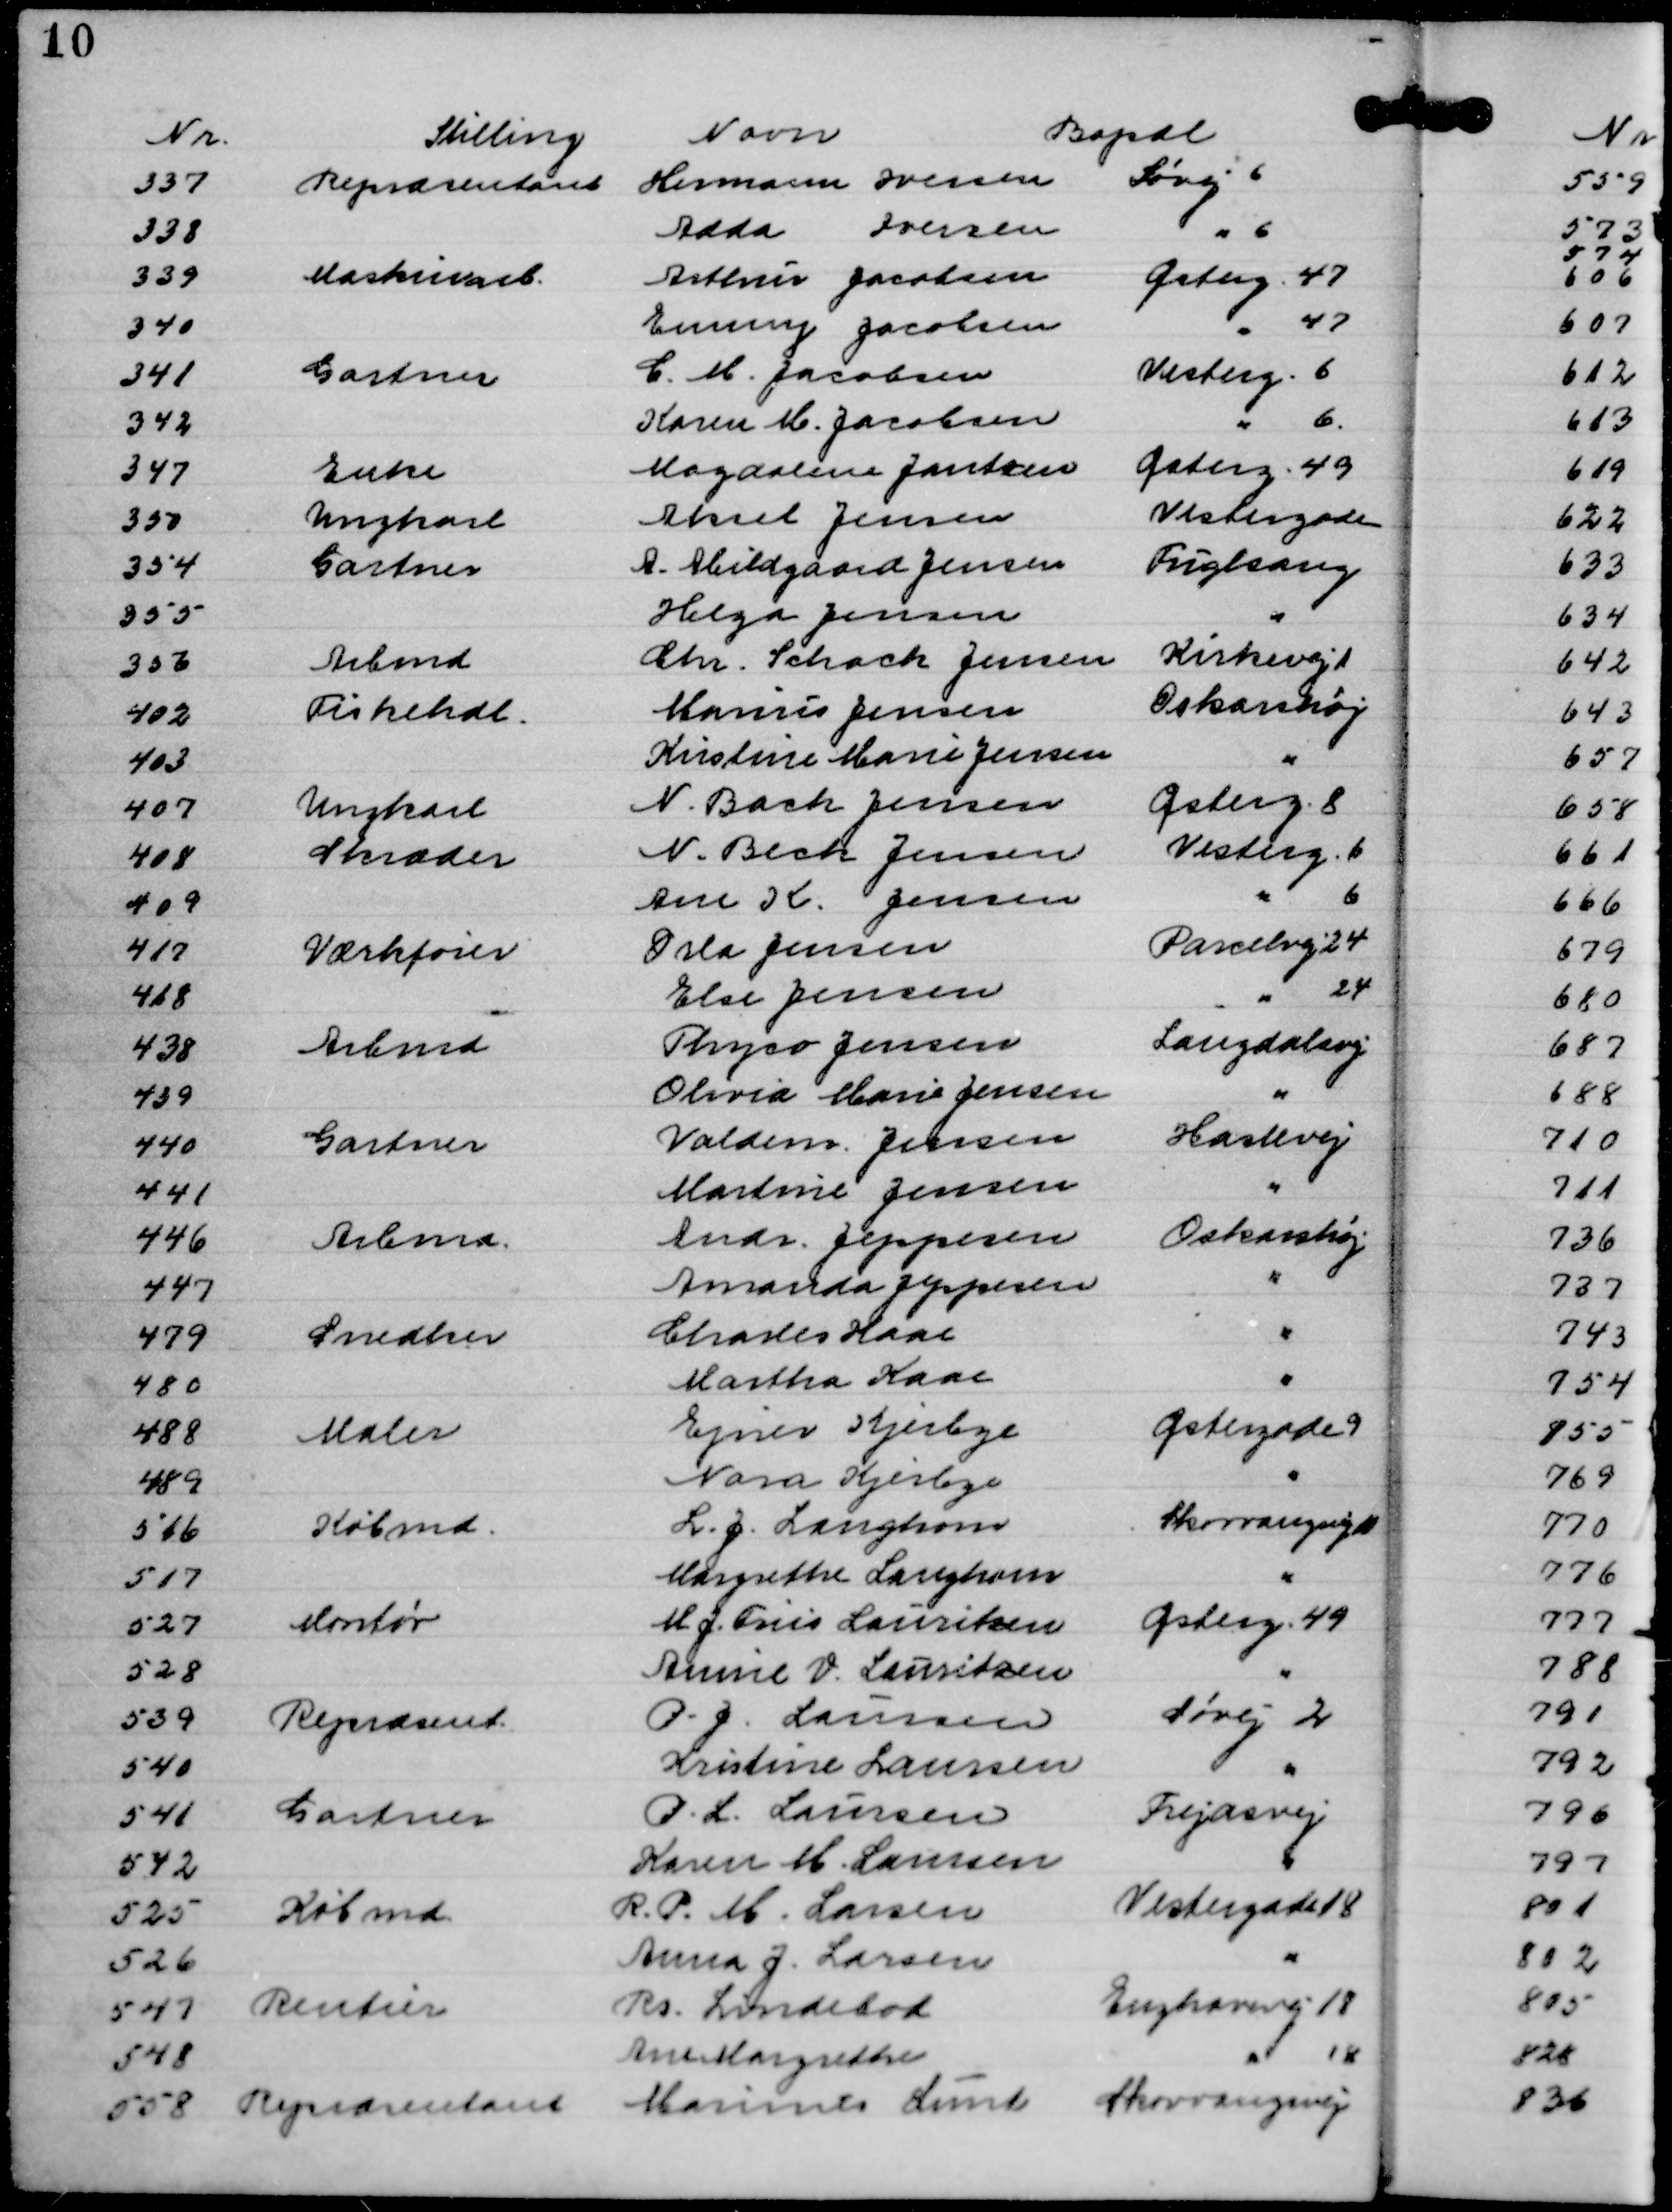
Transskription:
Nr.
Stilling
Navn
Bopæl
337
Repræsentant
Hermann Iversen
Søvej 6
338
Adda Iversen
" 6
339
Maskinarb.
Arthur Jacobsen
Østerg. 47
340
Emmy Jacobsen
" 47
341
Gartner
C. M. Jacobsen
Vesterg. 6
342
Karen M. Jacobsen
" 6.
347
Enke 
Magdalene Jantzen
Østerg. 49
350
Ungkarl
Aksel Jensen
Vestergade
354
Gartner
A. Abildgaard Jensen
Fuglsang
355
Helga Jensen
"
356
Arbmd
Chr. Schack Jensen
Kirkevej 1
402
Fiskehdl.
Marius Jensen
Oskarshøj
403
Kirstine Marie Jensen
"
407
Ungkarl
N. Bach Jensen
Østerg. 8
408
Skræder
N. Bech Jensen
Vesterg. 6
409
Ane K. Jensen
" 6
417
Værkfører
Orla Jensen
Parcelvej 24
418
Else Jensen
" 24
438
Arbmd
Thyco Jensen
Langdalsvej
439
Olivia Marie Jensen
"
440
Gartner
Valdem. Jensen
Haslevej
441
Martine Jensen
"
446
Arbmd.
Andr. Jeppesen
Oskarshøj
447
Amanda Jeppesen
"
479
Snedker
Charles Kaae
"
480
Martha Kaae
"
488
Maler
Ejner Kjerbye
Østergade 9
489
Nana Kjerbye
"
516
Købmd.
L. J. Langhans
Skovvangsvej 10
517
Margrethe Langhans
"
527
Montør
M. J. Friis Lauritzen
Østerg. 49
528
Annie V. Lauritzen
"
539
Repræsent.
P. J Laursen
Søvej 2
540
Kristine Laursen
"
541
Gartner
P. L. Laursen
Frejasvej
542
Karen M. Laursen
"
525
Købmd.
R. P. M. Larsen
Vestergade 18
526
Anna J. Larsen
"
547
Rentier
Rs. Lindebod
Enghavevej 18
548
Ane Margrethe
" 18
558
Repræsentant
Marinus Lund
Skovvangsvej